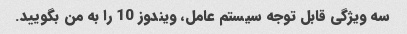
سه ویژگی قابل توجه سیستم عامل، ویندوز 10 را به من بگویید.